system: You are a helpful assistant.
user:
Analyze the provided spectrum to determine if it is a **S-type Star**.

- **Key Indicators for S-type Star:**

    - **(Overall Spectrum Shape):** The first and most obvious characteristic is the overall continuum (the "baseline" shape). It is **extremely "red-sloping,"** meaning the flux (light intensity) is very low on the left side (blue, ~4000-4500 Å) and rises steeply and continuously toward the right side (red, ~7000 Å+).

    - **(Primary):** The spectrum is defined by the presence of strong, broad molecular absorption "valleys" (bands) from **Zirconium Oxide (ZrO)**. The identification of these bands is the **primary requirement** for classifying a star as S-type.
        - **(Key Bandheads):** You must find distinct, deep "dips" where the light has been absorbed. The most critical band systems to locate are:
            - **~6474 Å** ($\gamma$-system): This is often the strongest and clearest ZrO feature, found in the red part of the spectrum.
            - **~5718 Å** & **~5551 Å** ($\beta$-system): A pair of prominent absorption features in the yellow-orange part of the spectrum.
            - **~4640 Å** ($\alpha$-system): A key absorption band system in the blue-green region of the spectrum.

    - **(Secondary Confirmation):** The classification is strengthened by finding additional absorption bands from other related heavy element oxides, which are expected to be present alongside ZrO.
        - **(Key Bandheads):**
            - **Yttrium Oxide (YO):** Look for absorption dips near **~4800 Å** and **~6100 Å**.
            - **Lanthanum Oxide (LaO):** Additional absorption features, particularly in the red-orange part of the spectrum, are also characteristic.

    - **(Line Profile):** The combination of the steep red continuum and these numerous, deep molecular bands (ZrO, YO, etc.) gives the entire spectrum a very **"chopped-up"** or **"bumpy"** appearance. Instead of a smooth curve, the spectrum looks as though large, wide chunks of light have been "carved out" of it at the specific wavelengths listed above.

Think first, call **spectral_visualization_tool** if needed to examine features in detail, then provide your final answer. Your response must adhere to the following strict rules:
1.  **Overall Structure:** Your response must follow the format `<think>...</think> <tool_call>...</tool_call> (if a tool is used) <answer>...</answer>`.
2.  **Tool Usage Constraint:** You may only make **one** tool call per turn.
3.  **Final Answer Format:** In the `<answer>` tag, your conclusion must be inside a `\boxed{}` command (e.g., `\boxed{YES}` or `\boxed{NO}`), followed by your justification.

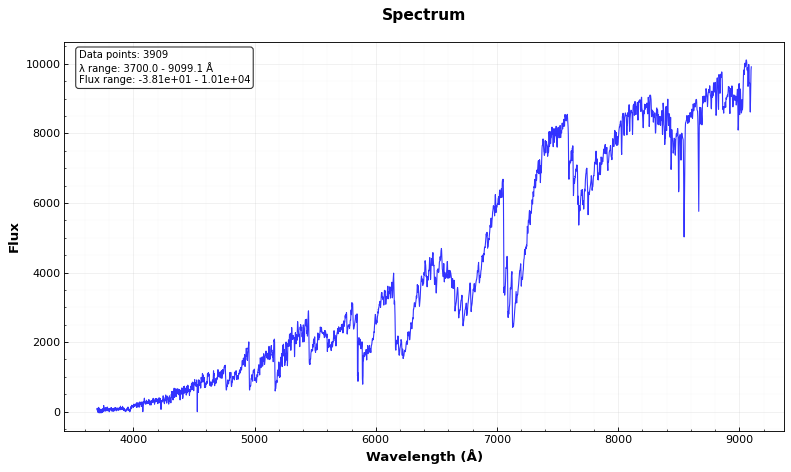
Answer: YES